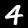
Digit: 4